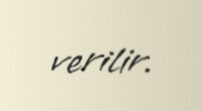
verilir.